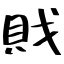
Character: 戝